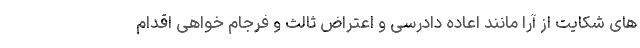
های شکایت از آرا مانند اعاده دادرسی و اعتراض ثالث و فرجام خواهی اقدام